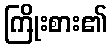
ကြိုးစား၏